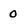
Character: 0